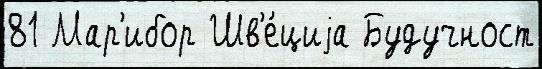
81 Мар'ибор Шв'е́циjа Будучност